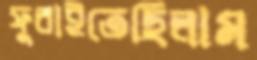
ফুরাইতেছিলাম